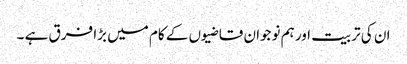
ان کی تربیت اور ہم نوجوان قاضیوں کے کام میں بڑا فرق ہے ۔